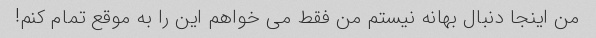
من اینجا دنبال بهانه نیستم من فقط می خواهم این را به موقع تمام کنم!